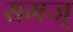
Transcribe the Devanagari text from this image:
समज्